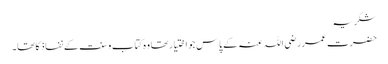
شکریہ
حضرت عمر رضی اللہ عنہ کے پاس جو اختیار تھا وہ کتاب وسنت کے نفاذ کا تھا۔